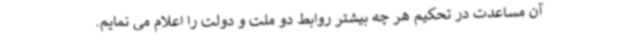
آن مساعدت در تحکیم هر چه بیشتر روابط دو ملت و دولت را اعلام می نمایم.